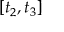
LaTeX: [ t _ { 2 } , t _ { 3 } ]